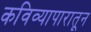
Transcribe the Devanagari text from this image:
कविव्यापारातून